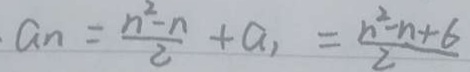
. a _ { n } = \frac { n ^ { 2 } - n } { 2 } + a _ { 1 } = \frac { n ^ { 2 } - n + 6 } { 2 }